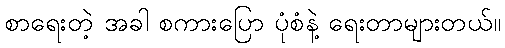
စာရေးတဲ့ အခါ စကားပြော ပုံစံနဲ့ ရေးတာများတယ်။